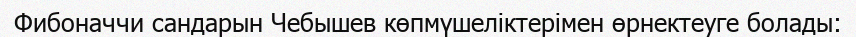
Фибоначчи сандарын Чебышев көпмүшеліктерімен өрнектеуге болады: